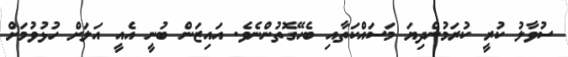
ސުވާލު ކުރީ ކުރަމުންދިޔަ މަސައްކަތާއި ބެހޭގޮތުންނެވެ. އައިޒަން ބުނީ އެއީ އަލަށް ހުޅުވުމަށް